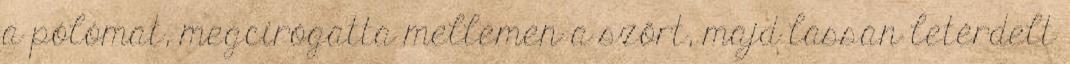
a pólómat, megcirógatta mellemen a szőrt, majd lassan letérdelt